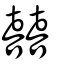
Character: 囍